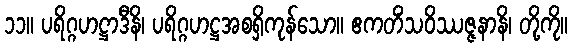
၁၁။ ပရိဂ္ဂဟဋ္ဌာဒီနိ၊ ပရိဂ္ဂဟဋ္ဌအစရှိကုန်သော။ ဧကတိံသဝိဿဇ္ဇနာနိ၊ တို့ကို။